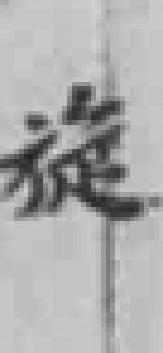
旋